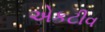
એકટીવ